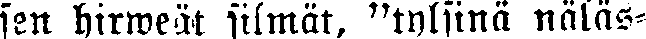
sen hirweät silmät, "tylsinä näläs-